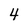
Character: 4